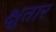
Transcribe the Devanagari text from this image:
क्षुतार